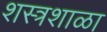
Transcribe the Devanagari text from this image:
शस्त्रशाळा